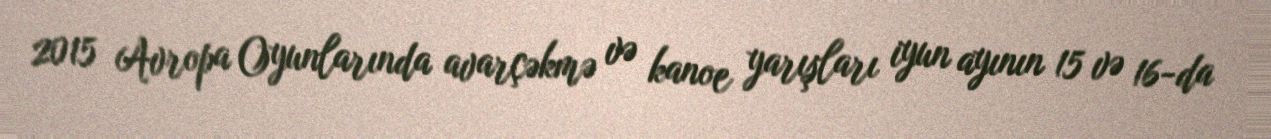
2015 Avropa Oyunlarında avarçəkmə və kanoe yarışları iyun ayının 15 və 16-da